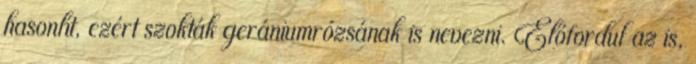
hasonlít, ezért szokták gerániumrózsának is nevezni. Előfordul az is,